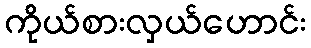
ကိုယ်စားလှယ်ဟောင်း